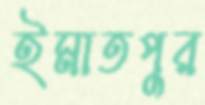
ইমাতপুর